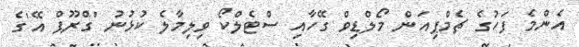
އެންމެ ފަހުގެ ޗެމްޕިއަން މޯލްޑިވް ގޭހާއި ސްޓެލްކޯ ވިލިމާލެ ކުޅުނު 'ގްރޫޕް އޭ'ގެ